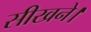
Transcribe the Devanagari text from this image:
सीखने।